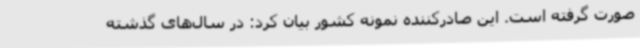
صورت گرفته است. این صادرکننده نمونه کشور بیان کرد: در سال‌های گذشته